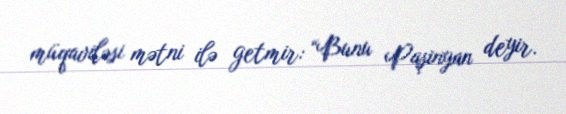
müqaviləsi mətni ilə getmir: “Bunu Paşinyan deyir.